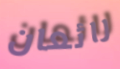
رائعان